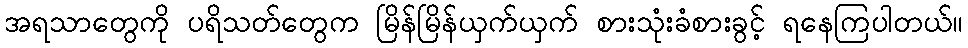
အရသာတွေကို ပရိသတ်တွေက မြိန်မြိန်ယှက်ယှက် စားသုံးခံစားခွင့် ရနေကြပါတယ်။